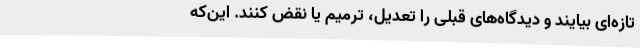
تازه‌ای بیایند و دیدگاه‌های قبلی را تعدیل، ترمیم یا نقض کنند. این‌که